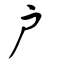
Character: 戸